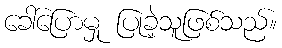
ခေါ်ပြောမှု ပြုခဲ့သူဖြစ်သည်။